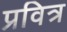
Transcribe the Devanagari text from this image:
प्रवित्र